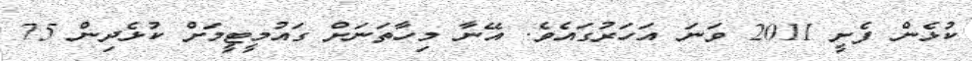
ކުޅެން ފެށީ 2011 ވަނަ އަހަރުގައެވެ. އޭނާ މިހާތަނަށްް ގައުމީޓީމަށް ކުޅެދިން 75